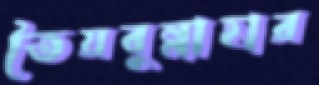
তৈয়বুন্নাহার